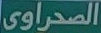
الصحراوى